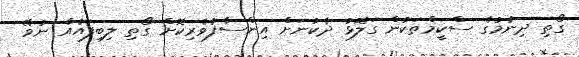
ގޯތި ދިނުމުގެ ސްކީމްތަކުން ގަލޮޅު ދެކުނަށް އިންސާފުވެރިކޮށް ގޯތި ލިބިފައެއް ނުވޭ